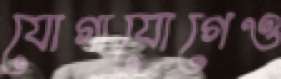
যোগাযোগেও